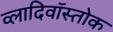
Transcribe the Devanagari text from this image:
व्लादिवॉस्तोक